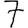
Digit: 7